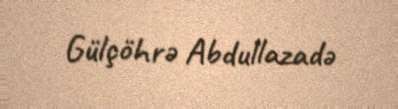
Gülçöhrə Abdullazadə